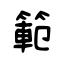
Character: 範